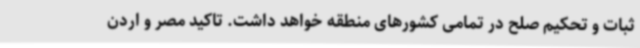
ثبات و تحکیم صلح در تمامی کشورهای منطقه خواهد داشت. تاکید مصر و اردن